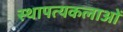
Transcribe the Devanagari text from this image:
स्थापत्यकलाओं